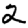
Digit: 2